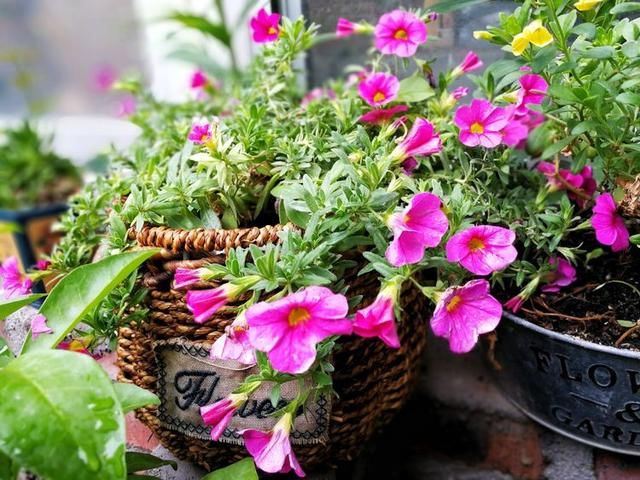
花开不并百花丛，独立疏篱趣未穷。